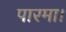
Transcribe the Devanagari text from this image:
पारमा।